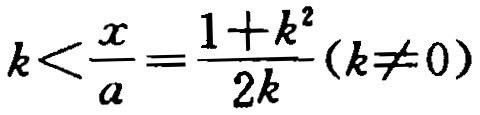
\(k<\frac{x}{a}=\frac{1 + k^{2}}{2k}(k\neq 0)\)